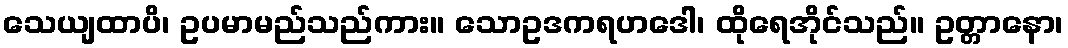
သေယျထာပိ၊ ဥပမာမည်သည်ကား။ သောဥဒကရဟဒေါ၊ ထိုရေအိုင်သည်။ ဥတ္တာနော၊